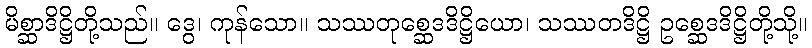
မိစ္ဆာဒိဋ္ဌိတို့သည်။ ဒွေ၊ ကုန်သော။ သဿတုစ္ဆေဒဒိဋ္ဌိယော၊ သဿတဒိဋ္ဌိ ဥစ္ဆေဒဒိဋ္ဌိတို့သို့။